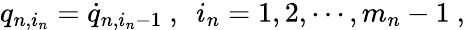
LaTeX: q_{n,i_{n}}=\dot{q}_{n,i_{n}-1}\ ,\ \ i_{n}=1,2,\cdots,m_{n}-1\ ,